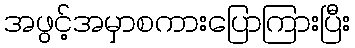
အဖွင့်အမှာစကားပြောကြားပြီး